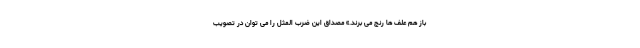
باز هم علف ها رنج می برند.» مصداق این ضرب المثل را می توان در تصویب